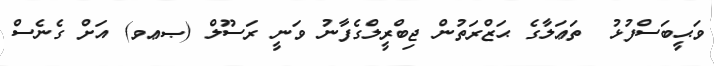
ވަޙީބަސްފުޅު  ތަޢަލާގެ ޙަޒްރަތުން ޖިބްރީލްގެފާނު ވަނީ ރަސޫލް (ޞޢވ) އަށް ގެނެސް